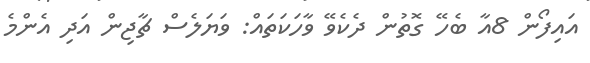
އައިފޯން 8އާ ބެހޭ ގޮތުން ދެކެވޭ ވާހަކަތައް: ވަޔަލެސް ޗާޖިން އަދި އެންމެ